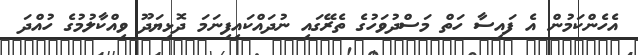
އެހެންކަމުން އެ ފައިސާ ހަތް މަސްދުވަހުގެ ތެރޭގައި ނުދައްކައިފިނަމަ ދޮޅިޔަދޫ ވިއްކާލުމުގެ ހުއްދަ